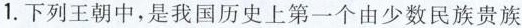
1.下列王朝中，是我国历史上第一个由少数民族贵族